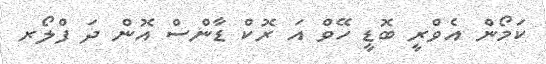
ކަމޯން އެވްރީ ބޮޑީ ހޭވް އަ ރޮކް ޑާންސް އޮން ދަ ފްލޯރ